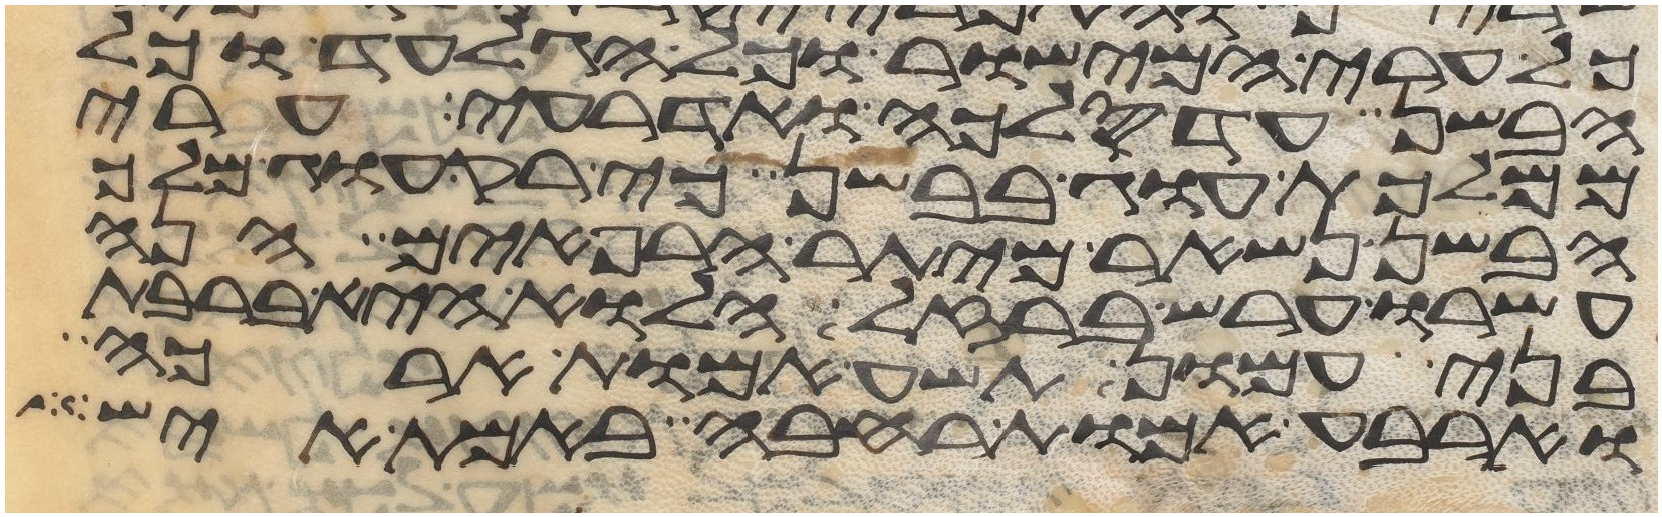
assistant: כל ערי המישור וכל הגלעד וכל
הבשן עד סלכה ואדרעי ערי
ממלכת עוג בבשן כי רק עוג מלך
הבשן נשאר מיתר הרפאים הנה
ערשו ערש ברזל הלוא היא ברבת
בני עמון תשע אמות ארכה
וארבע אמות רחבה באמת איש